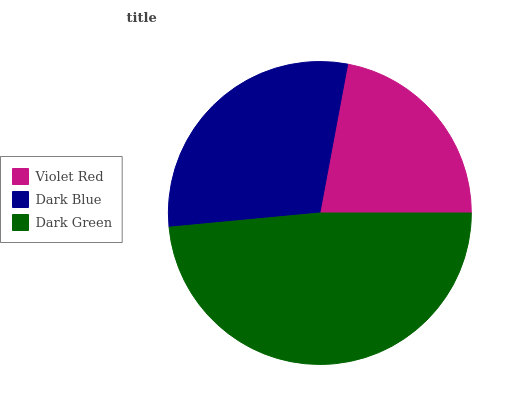
| Violet Red | Dark Blue | Dark Green |
 | --- | --- | --- |
 | 22.1% | 29.4% | 48.5% |